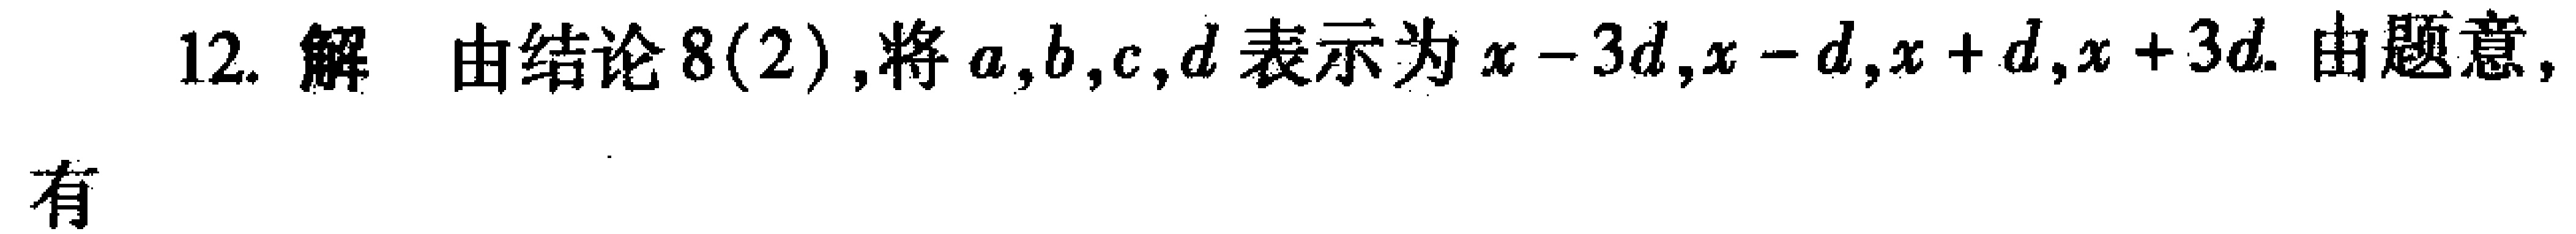
12. 解 由结论8(2),将\(a,b,c,d\)表示为\(x - 3d,x - d,x + d,x + 3d\). 由题意,
有